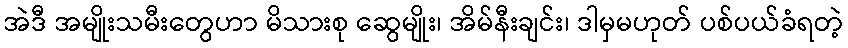
အဲဒီ အမျိုးသမီးတွေဟာ မိသားစု ဆွေမျိုး၊ အိမ်နီးချင်း၊ ဒါမှမဟုတ် ပစ်ပယ်ခံရတဲ့